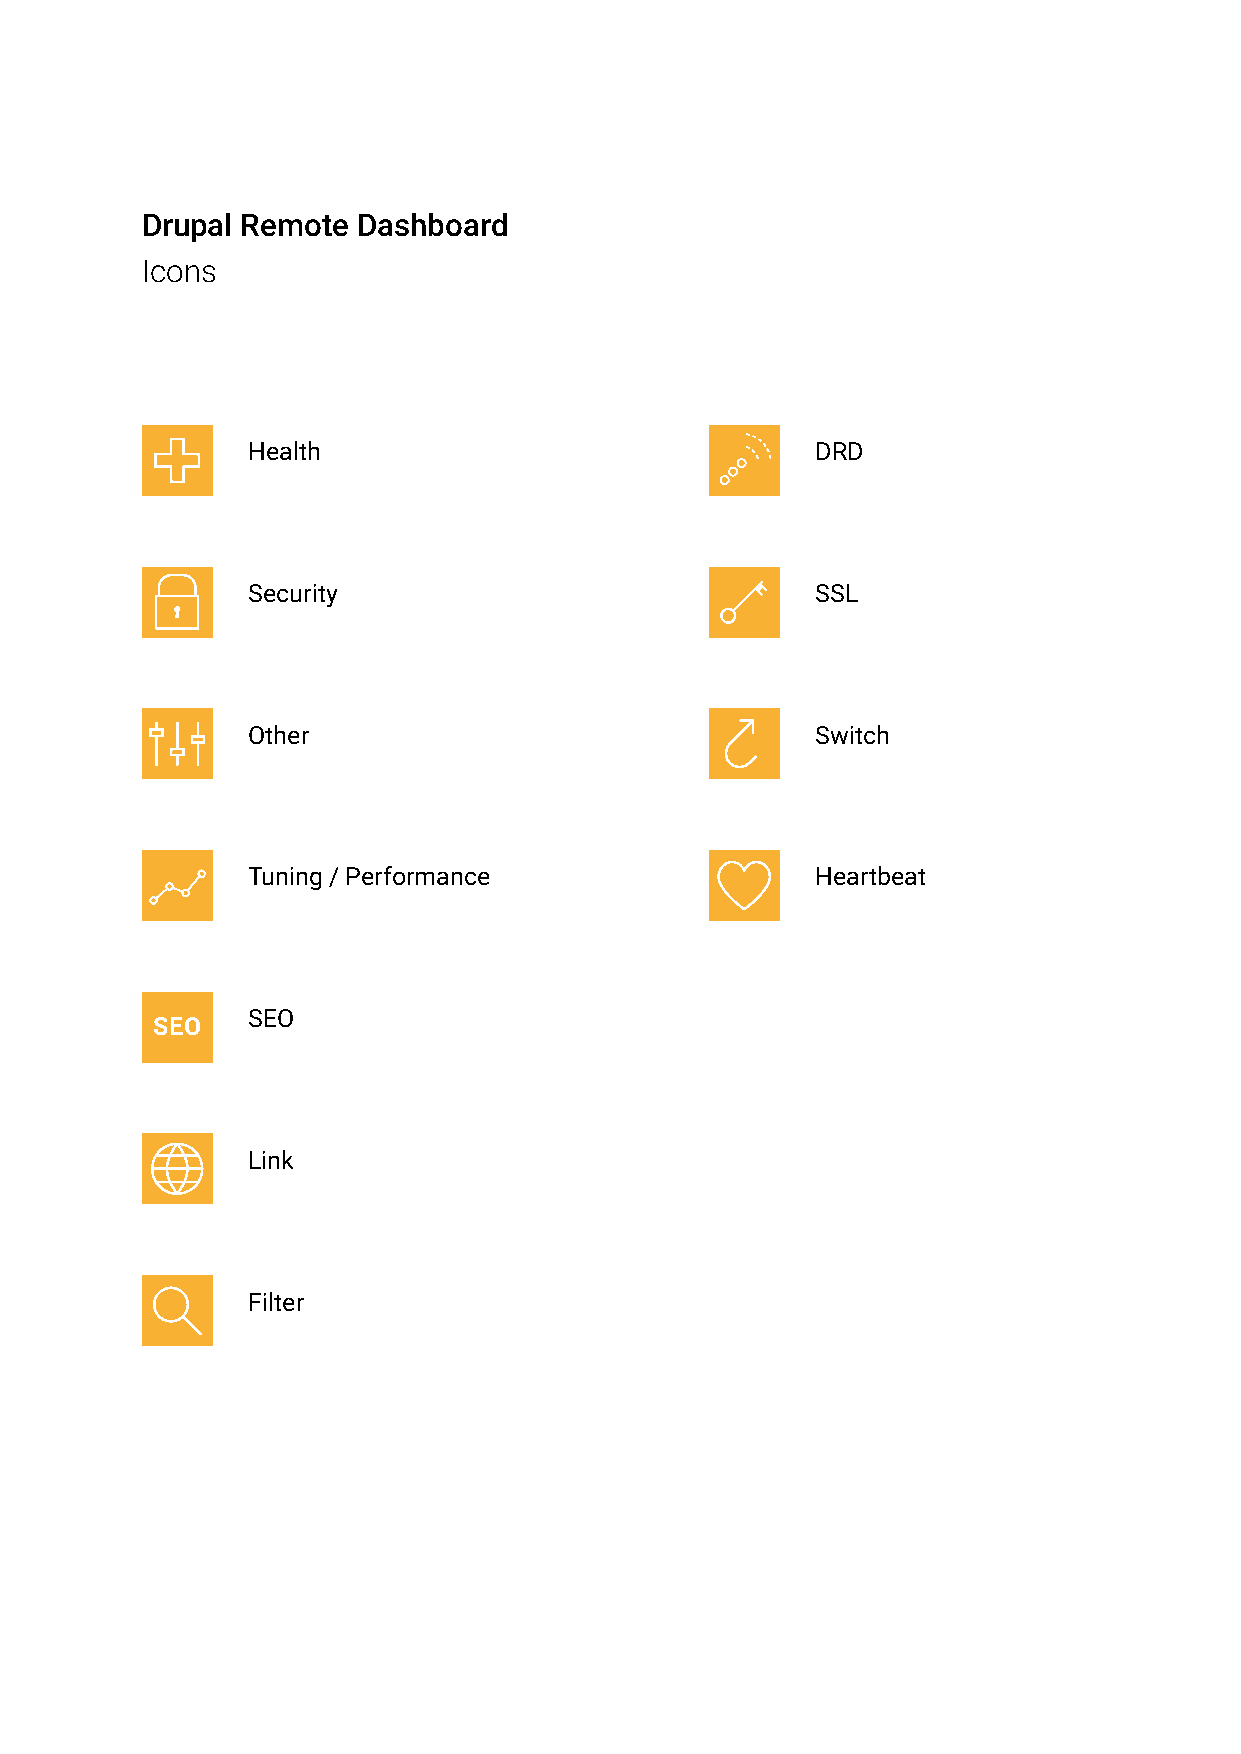
Drupal Remote  Dashboard
 Icons
 Health                                DRD
 Security                              SSL
 Other                                 Switch
 Tuning / Performance                  Heartbeat
 SEO
 SEO
 Link
 Filter